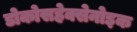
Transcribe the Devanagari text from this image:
डोकोसहेक्सेनोइक